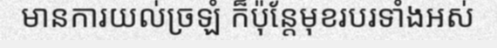
មានការយល់ច្រឡំ ក៏ប៉ុន្តែមុខរបរទាំងអស់